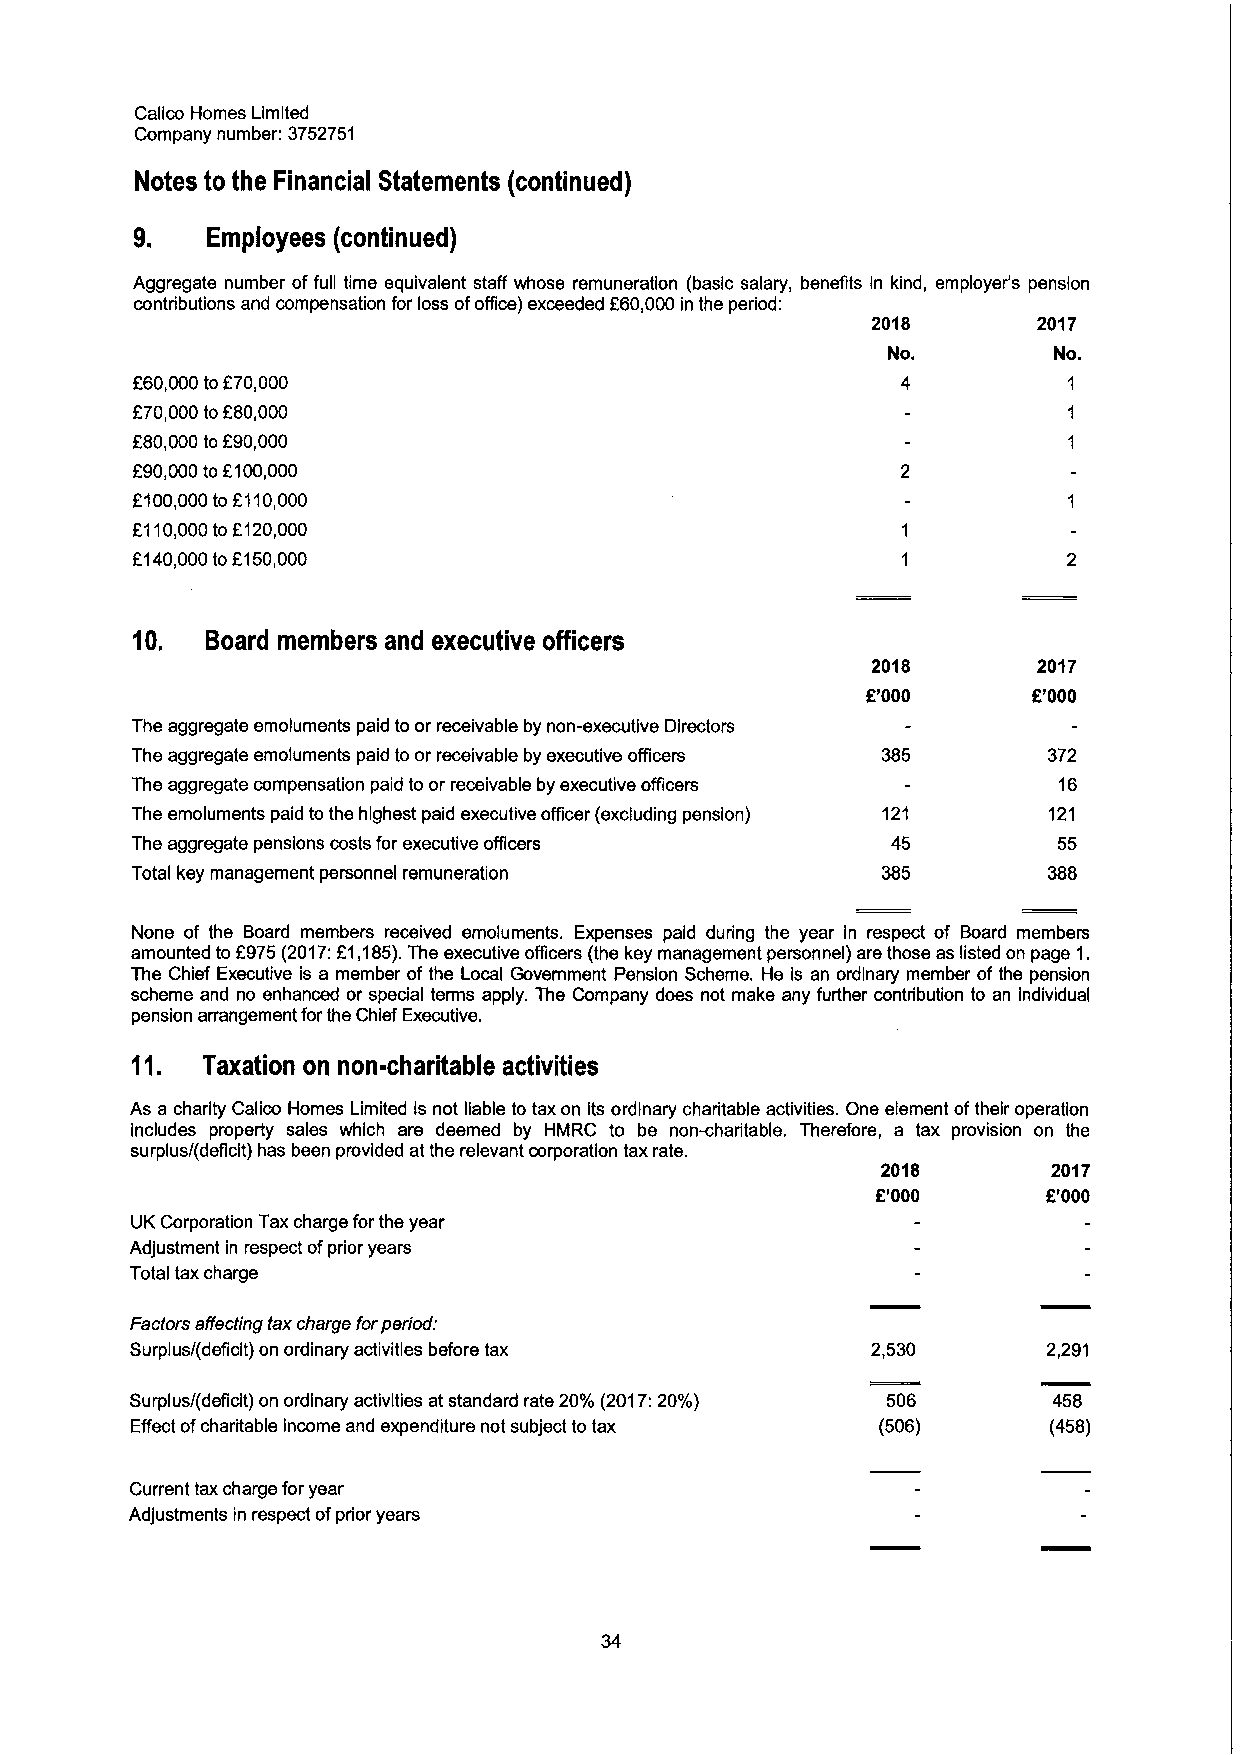
Calico Homes Limited
 Company number: 3752751
 Notes to the Financial Statements (continued)
 9.   Employees (continued)
 Aggregate number offull time equivalent staff whose remuneration (basic salary, benefits in kind, employer's pension
 contributions and compensation for loss ofoNce) exceeded F60,000in the period:
 2018       2017
 No.        No.
 F60,000toF70,000
 F70,000toF80,000
 F80,000to F90,000
 F90,000toF100,000
 F100,000to F110,000
 f110,000to F120,000
 F.140,000tof150,000
 10.  Board members and executive officers
 2018       2017
 E'000      R'000
 The aggregate emoluments paid toor receivable by non-executive Directors
 The aggregate emoluments paid to or receivable by executive officers 372
 The aggregate compensation paid toor receivable by executive officers 16
 The emoluments paid to the highest paid executive officer (excluding pension) 121 121
 The aggregate pensions costs for executive officers 45       55
 Total key management personnel remuneration      385        388
 None of the Board members received emoluments. Expenses paid during the year in respect of Board members
 amounted to 8975(2017:F1,185).The executive officers (the key management personnel) are those as listed on page 1.
 The Chief Executive is a member of the Local Government Pension Scheme. He is an ordinary member ofthe pension
 scheme and no enhanced or special terms apply. The Company does not make any further contribution to an individual
 pension arrangement forthe Chief Executive.
 11  Taxation on non-charitable activities
 ~
 As a charity Calico Homes Limited is not liable to tax on its ordinary charitable activities. One element oftheir operation
 includes property sales which are deemed by HMRC to be non-charitable. Therefore, a tax provision on the
 surplus/(deficit) has been provided at the relevant corporation tax rate.
 2018        2017
 E'000      R'000
 UK Corporation Tax charge for the year
 Adjustment in respect ofprior years
 Total tax charge
 Factors affecting tax charge forperiod:
 Surplus/(deficit) on ordinary activities before tax 2,530   2,291
 Surplus/(deficit) on ordinary activities at standard rate 20%(2017:20%) 506 458
 Effect ofcharitable income and expenditure not subject to tax (506) (458)
 Current tax charge for year
 Adjustments in respect ofprior years